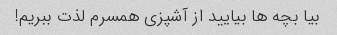
بیا بچه ها بیایید از آشپزی همسرم لذت ببریم!